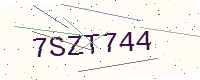
Text: 7SZT744